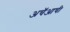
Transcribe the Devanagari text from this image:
अचॅआची